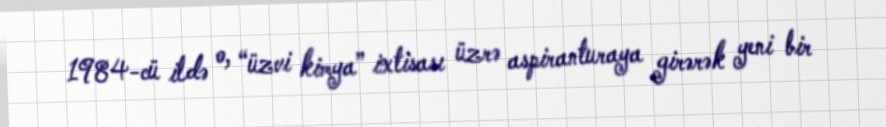
1984-cü ildə o, “üzvi kimya” ixtisası üzrə aspiranturaya girərək yeni bir